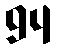
94